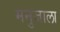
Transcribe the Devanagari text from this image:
मनुजाला